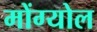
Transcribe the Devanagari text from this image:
मोंग्योल